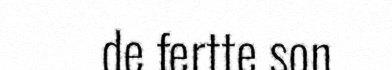
de fertte son